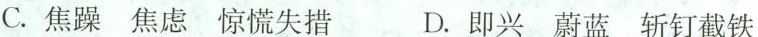
C.焦躁 焦虑 惊慌失措 D.即兴 蔚蓝 斩钉截铁